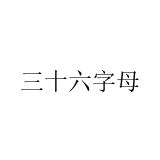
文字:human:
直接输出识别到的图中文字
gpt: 三十六字母